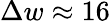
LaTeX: \Delta w\approx 16